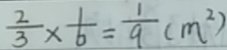
\frac { 2 } { 3 } \times \frac { 1 } { 6 } = \frac { 1 } { 9 } ( m ^ { 2 } )